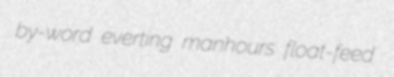
by-word everting manhours float-feed